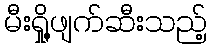
မီးရှို့ဖျက်ဆီးသည့်